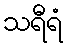
သရီရံ